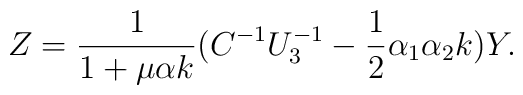
Z = {1\over 1 + \mu \alpha k}(C^{-1} U_3^{-1} - {1\over 2}\alpha_1 \alpha_2 k)  Y.